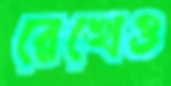
রেখেও